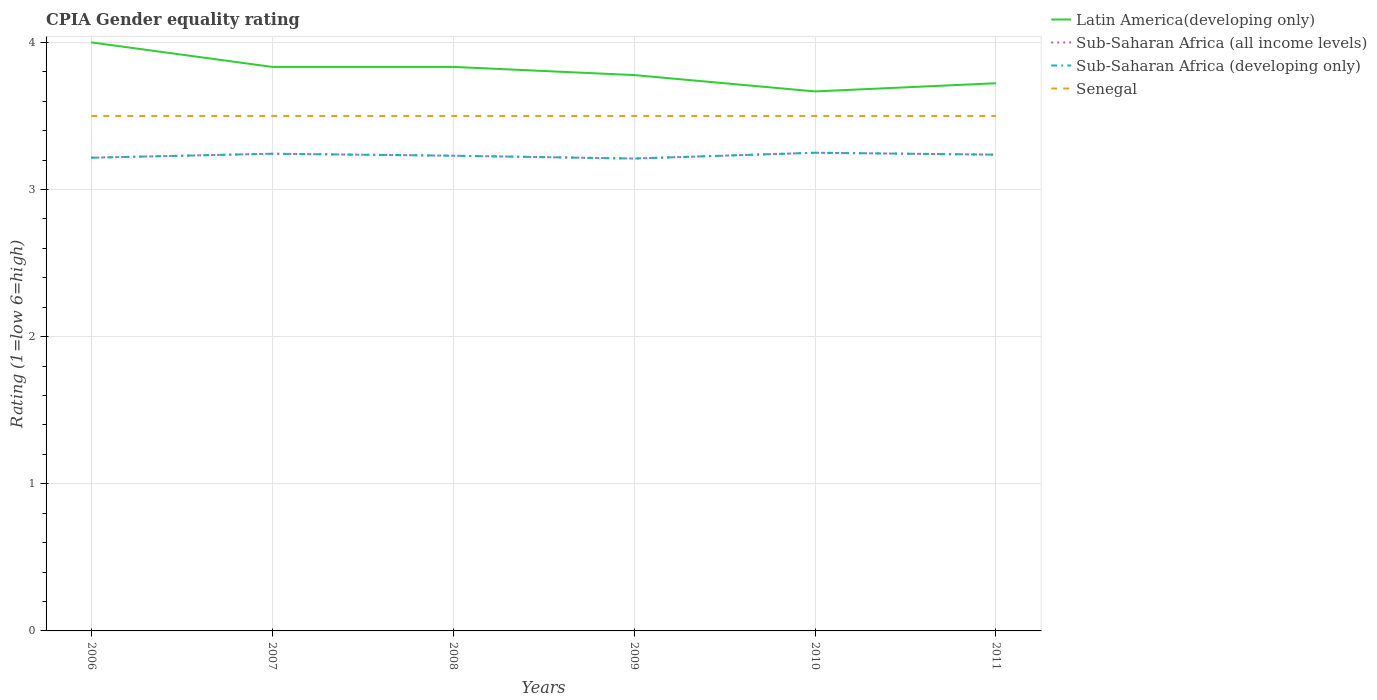
| Years | Latin America(developing only) | Sub-Saharan Africa (all income levels) | Sub-Saharan Africa (developing only) | Senegal |
 | --- | --- | --- | --- | --- |
 | 2006 | 4 | 3.22 | 3.22 | 3.5 |
 | 2007 | 3.83 | 3.24 | 3.24 | 3.5 |
 | 2008 | 3.83 | 3.23 | 3.23 | 3.5 |
 | 2009 | 3.78 | 3.21 | 3.21 | 3.5 |
 | 2010 | 3.67 | 3.25 | 3.25 | 3.5 |
 | 2011 | 3.72 | 3.24 | 3.24 | 3.5 |